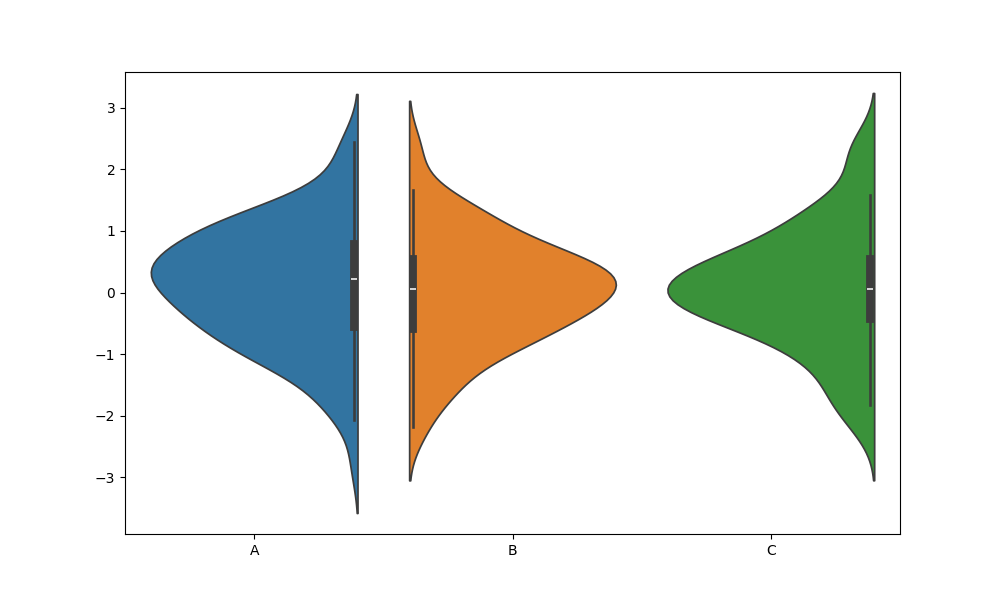
python, seaborn, violinplot, scale='area', split='True', inner='box', fill='True'